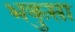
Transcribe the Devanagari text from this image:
भकुसा